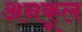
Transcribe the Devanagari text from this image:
अनकूल